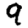
Digit: 9